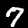
Label: 7